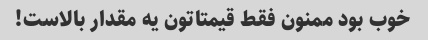
خوب بود ممنون فقط قیمتاتون یه مقدار بالاست!